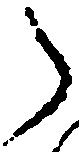
々